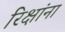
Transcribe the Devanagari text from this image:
रिक्षांना